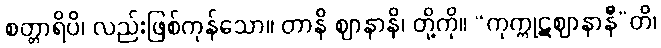
စတ္တာရိပိ၊ လည်းဖြစ်ကုန်သော။ တာနိ ဈာနာနိ၊ တို့ကို။ “ကုက္ကုဋဈာနာနီ”တိ၊